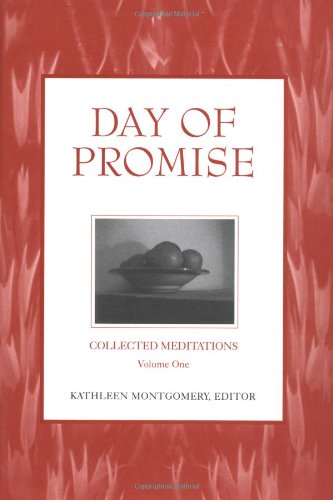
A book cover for Day of Promise: Selections from Unitarian Universalist Meditation Manuals (Critical Accounting Series); Kathleen Montgomery; Religion & Spirituality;